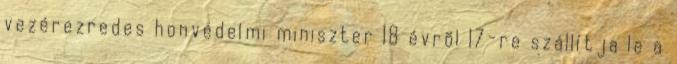
vezérezredes honvédelmi miniszter 18 évrõl 17-re szállítja le a